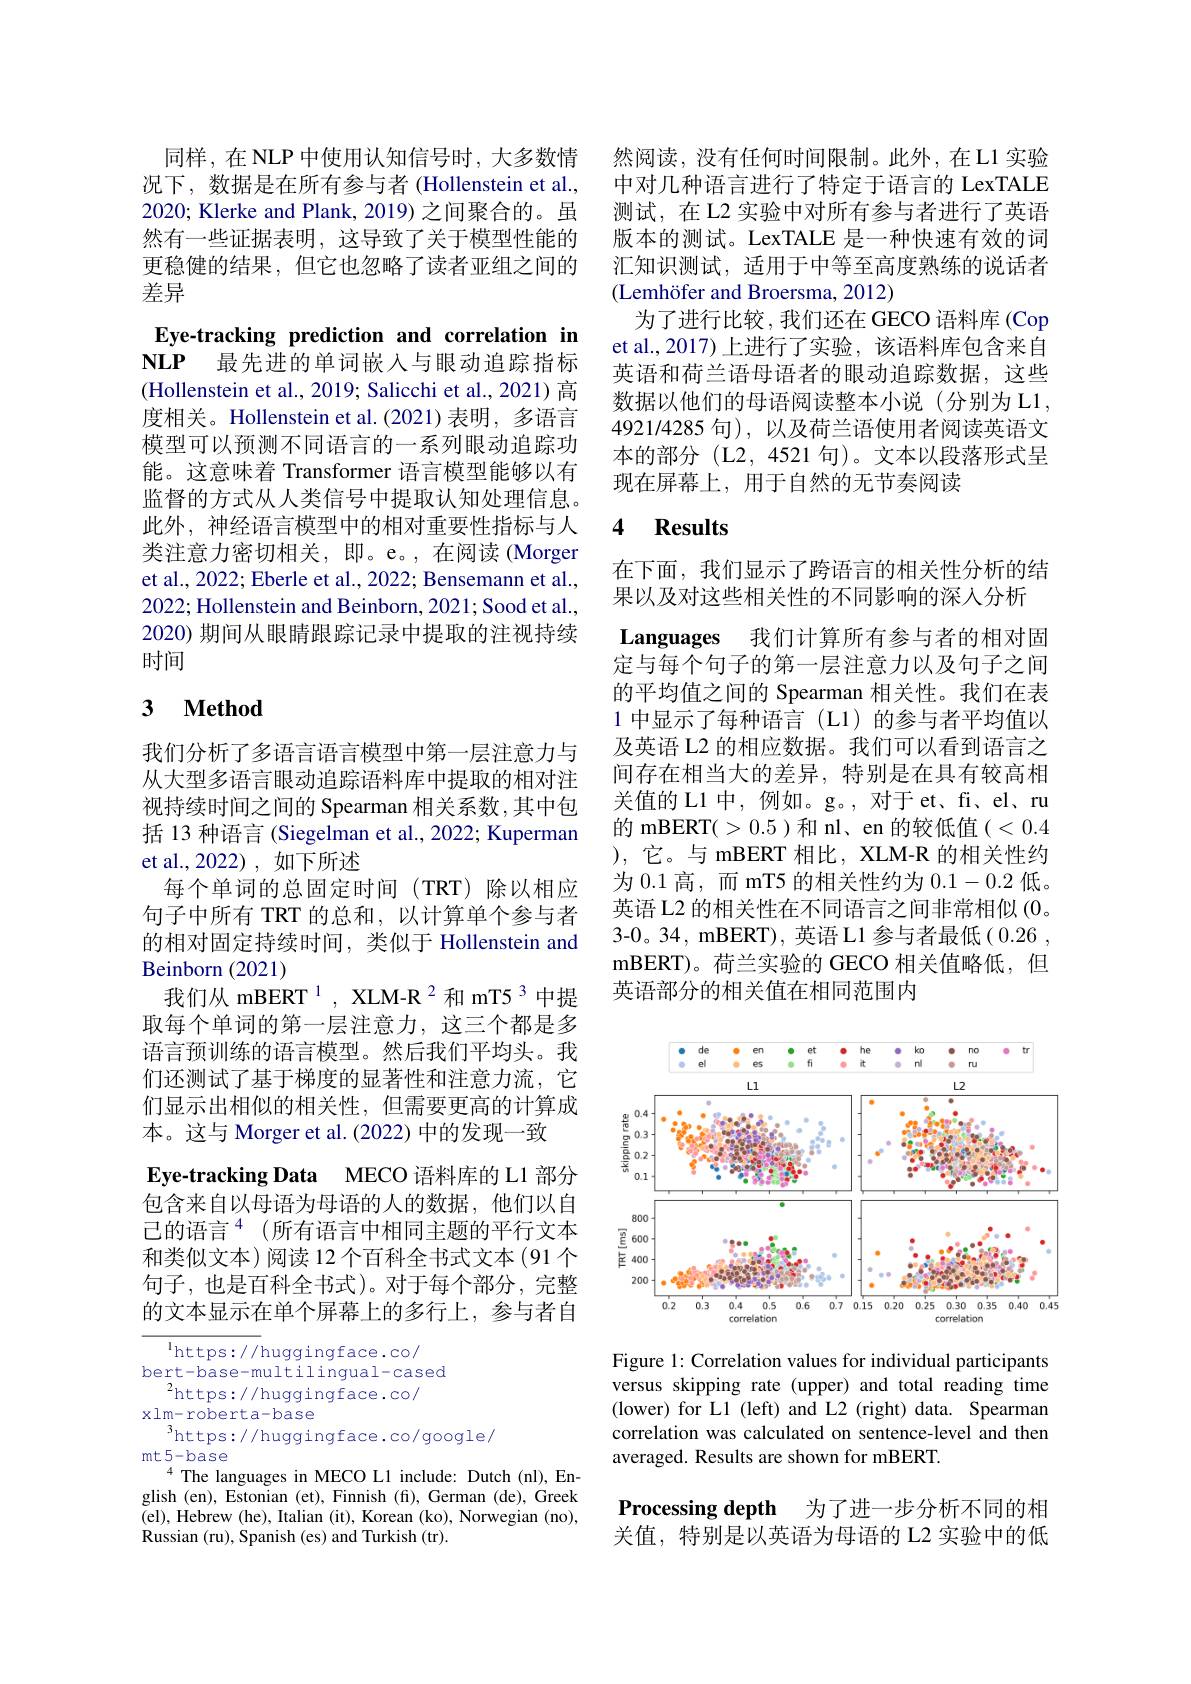
同样，在 NLP 中使用认知信号时，大多数情况下，数据是在所有参与者(Hollenstein et al., 2020; Klerke and Plank, 2019) 之间聚合的。虽然有一些证据表明，这导致了关于模型性能的更稳健的结果，但它也忽略了读者亚组之间的差异

Eye-tracking prediction and correlation in $\mathbf{NLP}$ 最先进的单词嵌入与眼动追踪指标(Hollenstein et al., 2019; Salicchi et al., 2021) 高度相关。Hollenstein et al.(2021)表明，多语言模型可以预测不同语言的一系列眼动追踪功能。这意味着 Transformer 语言模型能够以有监督的方式从人类信号中提取认知处理信息。此外，神经语言模型中的相对重要性指标与人类注意力密切相关，即。e。,在阅读 (Morger et al., 2022; Eberle et al., 2022; Bensemann et al., 2022; Hollenstein and Beinborn, 2021; Sood et al., 2020) 期间从眼睛跟踪记录中提取的注视持续时间

## 3 $\textbf{Method}$

我们分析了多语言语言模型中第一层注意力与从大型多语言眼动追踪语料库中提取的相对注视持续时间之间的 Spearman 相关系数，其中包括 13 种语言 (Siegelman et al., 2022; Kuperman et al.,2022),如下所述
每个单词的总固定时间(TRT)除以相应句子中所有 TRT 的总和，以计算单个参与者的相对固定持续时间，类似于 Hollenstein and Beinborn (2021)
我们从 mBERT $^1$, XLM-R 2和 mT5 3 中提取每个单词的第一层注意力，这三个都是多语言预训练的语言模型。然后我们平均头。我们还测试了基于梯度的显著性和注意力流，它们显示出相似的相关性，但需要更高的计算成本。这与 Morger et al.(2022) 中的发现一致
Eye-tracking Data MECO 语料库的 L1 部分包含来自以母语为母语的人的数据，他们以自已的语言$^4($所有语言中相同主题的平行文本和类似文本)阅读 12 个百科全书式文本 (91 个句子，也是百科全书式)。对于每个部分，完整的文本显示在单个屏幕上的多行上，参与者自

$^{\mathrm{l}}$https://huggingface.co/
bert-base-multilingual-cased
$^2$https://huggingface.co/
xlm-roberta-base
https://huggingface.co/google/
mt5-base
$^{4}$The languages in MECO L1 include: Dutch (nl), English (en), Estonian (et), Finnish (fi), German (de), Greek (el), Hebrew (he), Italian (it), Korean (ko), Norwegian (no), Russian (ru), Spanish (es) and Turkish (tr).

然阅读，没有任何时间限制。此外，在L1 实验中对几种语言进行了特定于语言的 LexTALE 测试，在 L2 实验中对所有参与者进行了英语版本的测试。LexTALE 是一种快速有效的词汇知识测试，适用于中等至高度熟练的说话者(Lemhöfer and Broersma, 2012)
为了进行比较，我们还在 GECO 语料库 (Cop et al., 2017) 上进行了实验，该语料库包含来自英语和荷兰语母语者的眼动追踪数据，这些数据以他们的母语阅读整本小说(分别为L1， 4921/4285句),以及荷兰语使用者阅读英语文本的部分 (L2,4521 句)。文本以段落形式呈现在屏幕上，用于自然的无节奏阅读

### 4 $\mathbf{Results}$

Languages 我们计算所有参与者的相对固

在下面，我们显示了跨语言的相关性分析的结
果以及对这些相关性的不同影响的深入分析
定与每个句子的第一层注意力以及句子之间的平均值之间的 Spearman 相关性。我们在表1 中显示了每种语言 (L1)的参与者平均值以及英语 L2 的相应数据。我们可以看到语言之间存在相当大的差异，特别是在具有较高相关值的 L1 中，例如。g。, 对于 et、fi、el、ru 的 mBERT(>0.5)和 nl、en 的较低值(<0.4 ),它。与 mBERT 相比，XLM-R 的相关性约为 0.1 高，而 mT5 的相关性约为0.1-0.2低。英语 L2 的相关性在不同语言之间非常相似 (0。3-0。34, mBERT), 英语 L1 参与者最低(0.26 , mBERT)。荷兰实验的 GECO 相关值略低，但英语部分的相关值在相同范围内

<FigureHere>

Figure 1: Correlation values for individual participants versus skipping rate (upper) and total reading time (lower) for L1 (left) and L2 (right) data. Spearman correlation was calculated on sentence-level and then averaged. Results are shown for mBERT.

Processing depth 为了进一步分析不同的相关值，特别是以英语为母语的 L2 实验中的低